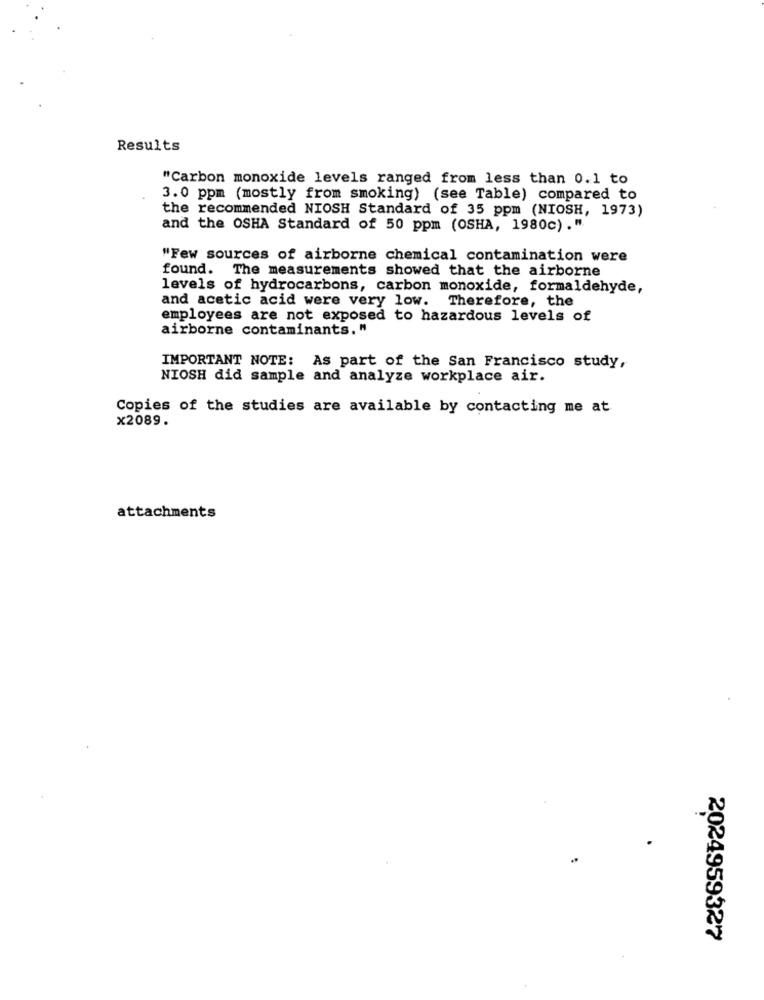
Results
"Carbon monoxide levels ranged from less than 0.1 to
3.0 ppm (mostly from smoking) (see Table) compared to
the recommended NIOSH Standard of 35 ppm (NIOSH, 1973)
and the OSHA Standard of 50 ppm (OSHA, 1980c)."
"Few sources of airborne chemical contamination were
found.
The measurements showed that the airborne
levels of hydrocarbons, carbon monoxide, formaldehyde,
and acetic acid were very low. Therefore, the
employees are not exposed to hazardous levels of
airborne contaminants. "
IMPORTANT NOTE: As part of the San Francisco study,
NIOSH did sample and analyze workplace air.
Copies of the studies are available by contacting me at
x2089.
attachments
.-
..
2024959327